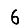
Digit: 6